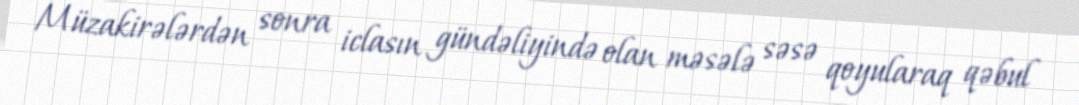
Müzakirələrdən sonra iclasın gündəliyində olan məsələ səsə qoyularaq qəbul